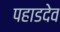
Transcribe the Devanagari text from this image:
पहाडदेव